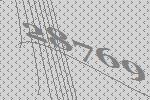
28769